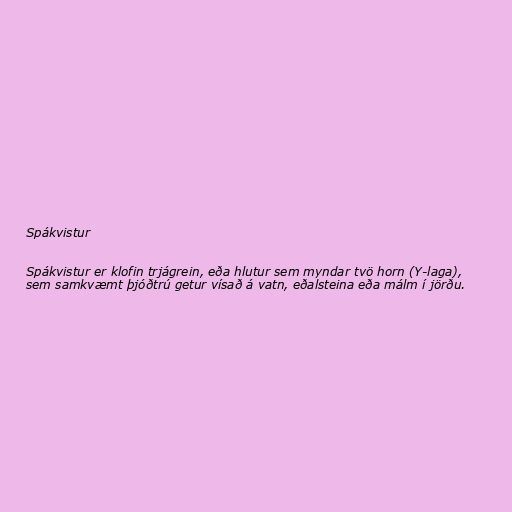
Spákvistur

Spákvistur er klofin trjágrein, eða hlutur sem myndar tvö horn (Y-laga),
sem samkvæmt þjóðtrú getur vísað á vatn, eðalsteina eða málm í jörðu.